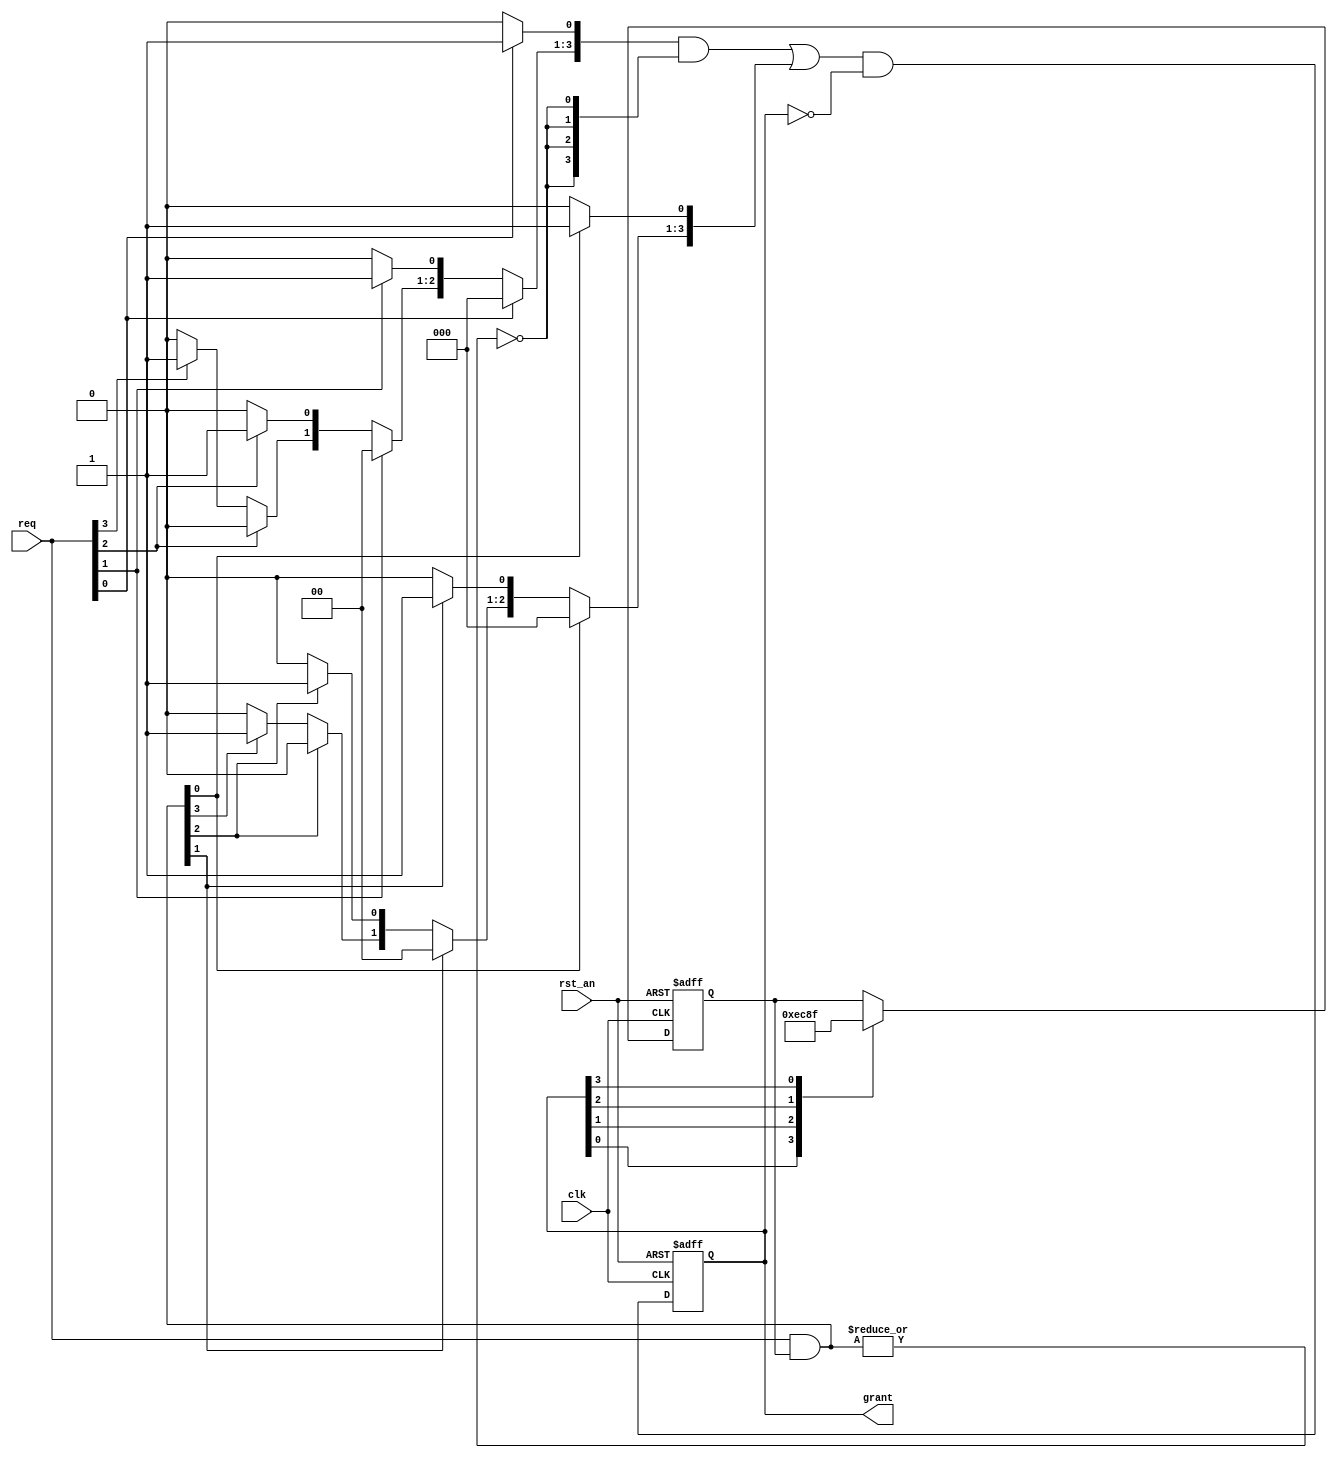
//Using Two Simple Priority Arbiters with a Mask
module round_robin_arbiter (
	rst_an,
	clk,
	req,
	grant
);


input		rst_an;
input		clk;
input	[3:0]	req;
output	[3:0]	grant;

reg	[3:0]	rotate_ptr;
wire	[3:0]	mask_req;
reg	[3:0]	mask_grant;
wire	[3:0]	grant_comb;
reg	[3:0]	grant;
wire		no_mask_req;
reg	[3:0]	nomask_grant;

always @ (posedge clk or negedge rst_an)
begin
	if (!rst_an)
		rotate_ptr[3:0] <= 4'b1111;
	else 
		case (1'b1) // synthesis parallel_case
			grant[0]: rotate_ptr[3:0] <= 4'b1110;
			grant[1]: rotate_ptr[3:0] <= 4'b1100;
			grant[2]: rotate_ptr[3:0] <= 4'b1000;
			grant[3]: rotate_ptr[3:0] <= 4'b1111;
		endcase
end

assign mask_req[3:0] = req[3:0] & rotate_ptr[3:0];

// simple priority arbiter for mask req
always @ (*)
begin
	mask_grant[3:0] = 4'b0;
	if (mask_req[0])	mask_grant[0] = 1'b1;
	else if (mask_req[1])	mask_grant[1] = 1'b1;
	else if (mask_req[2])	mask_grant[2] = 1'b1;
	else if (mask_req[3])	mask_grant[3] = 1'b1;
end

// simple priority arbiter for no mask req
always @ (*)
begin
	nomask_grant[3:0] = 4'b0;
	if (req[0])		nomask_grant[0] = 1'b1;
	else if (req[1])	nomask_grant[1] = 1'b1;
	else if (req[2])	nomask_grant[2] = 1'b1;
	else if (req[3])	nomask_grant[3] = 1'b1;
end

assign no_mask_req = ~|mask_req[3:0];
//assign grant_comb[3:0] = no_mask_req ? nomask_grant[3:0] : mask_grant[3:0];
assign grant_comb[3:0] = (nomask_grant[3:0] & {4{no_mask_req}}) | mask_grant[3:0];

always @ (posedge clk or negedge rst_an)
begin
	if (!rst_an)	grant[3:0] <= 4'b0;
	else		grant[3:0] <= grant_comb[3:0] & ~grant[3:0];
end
endmodule